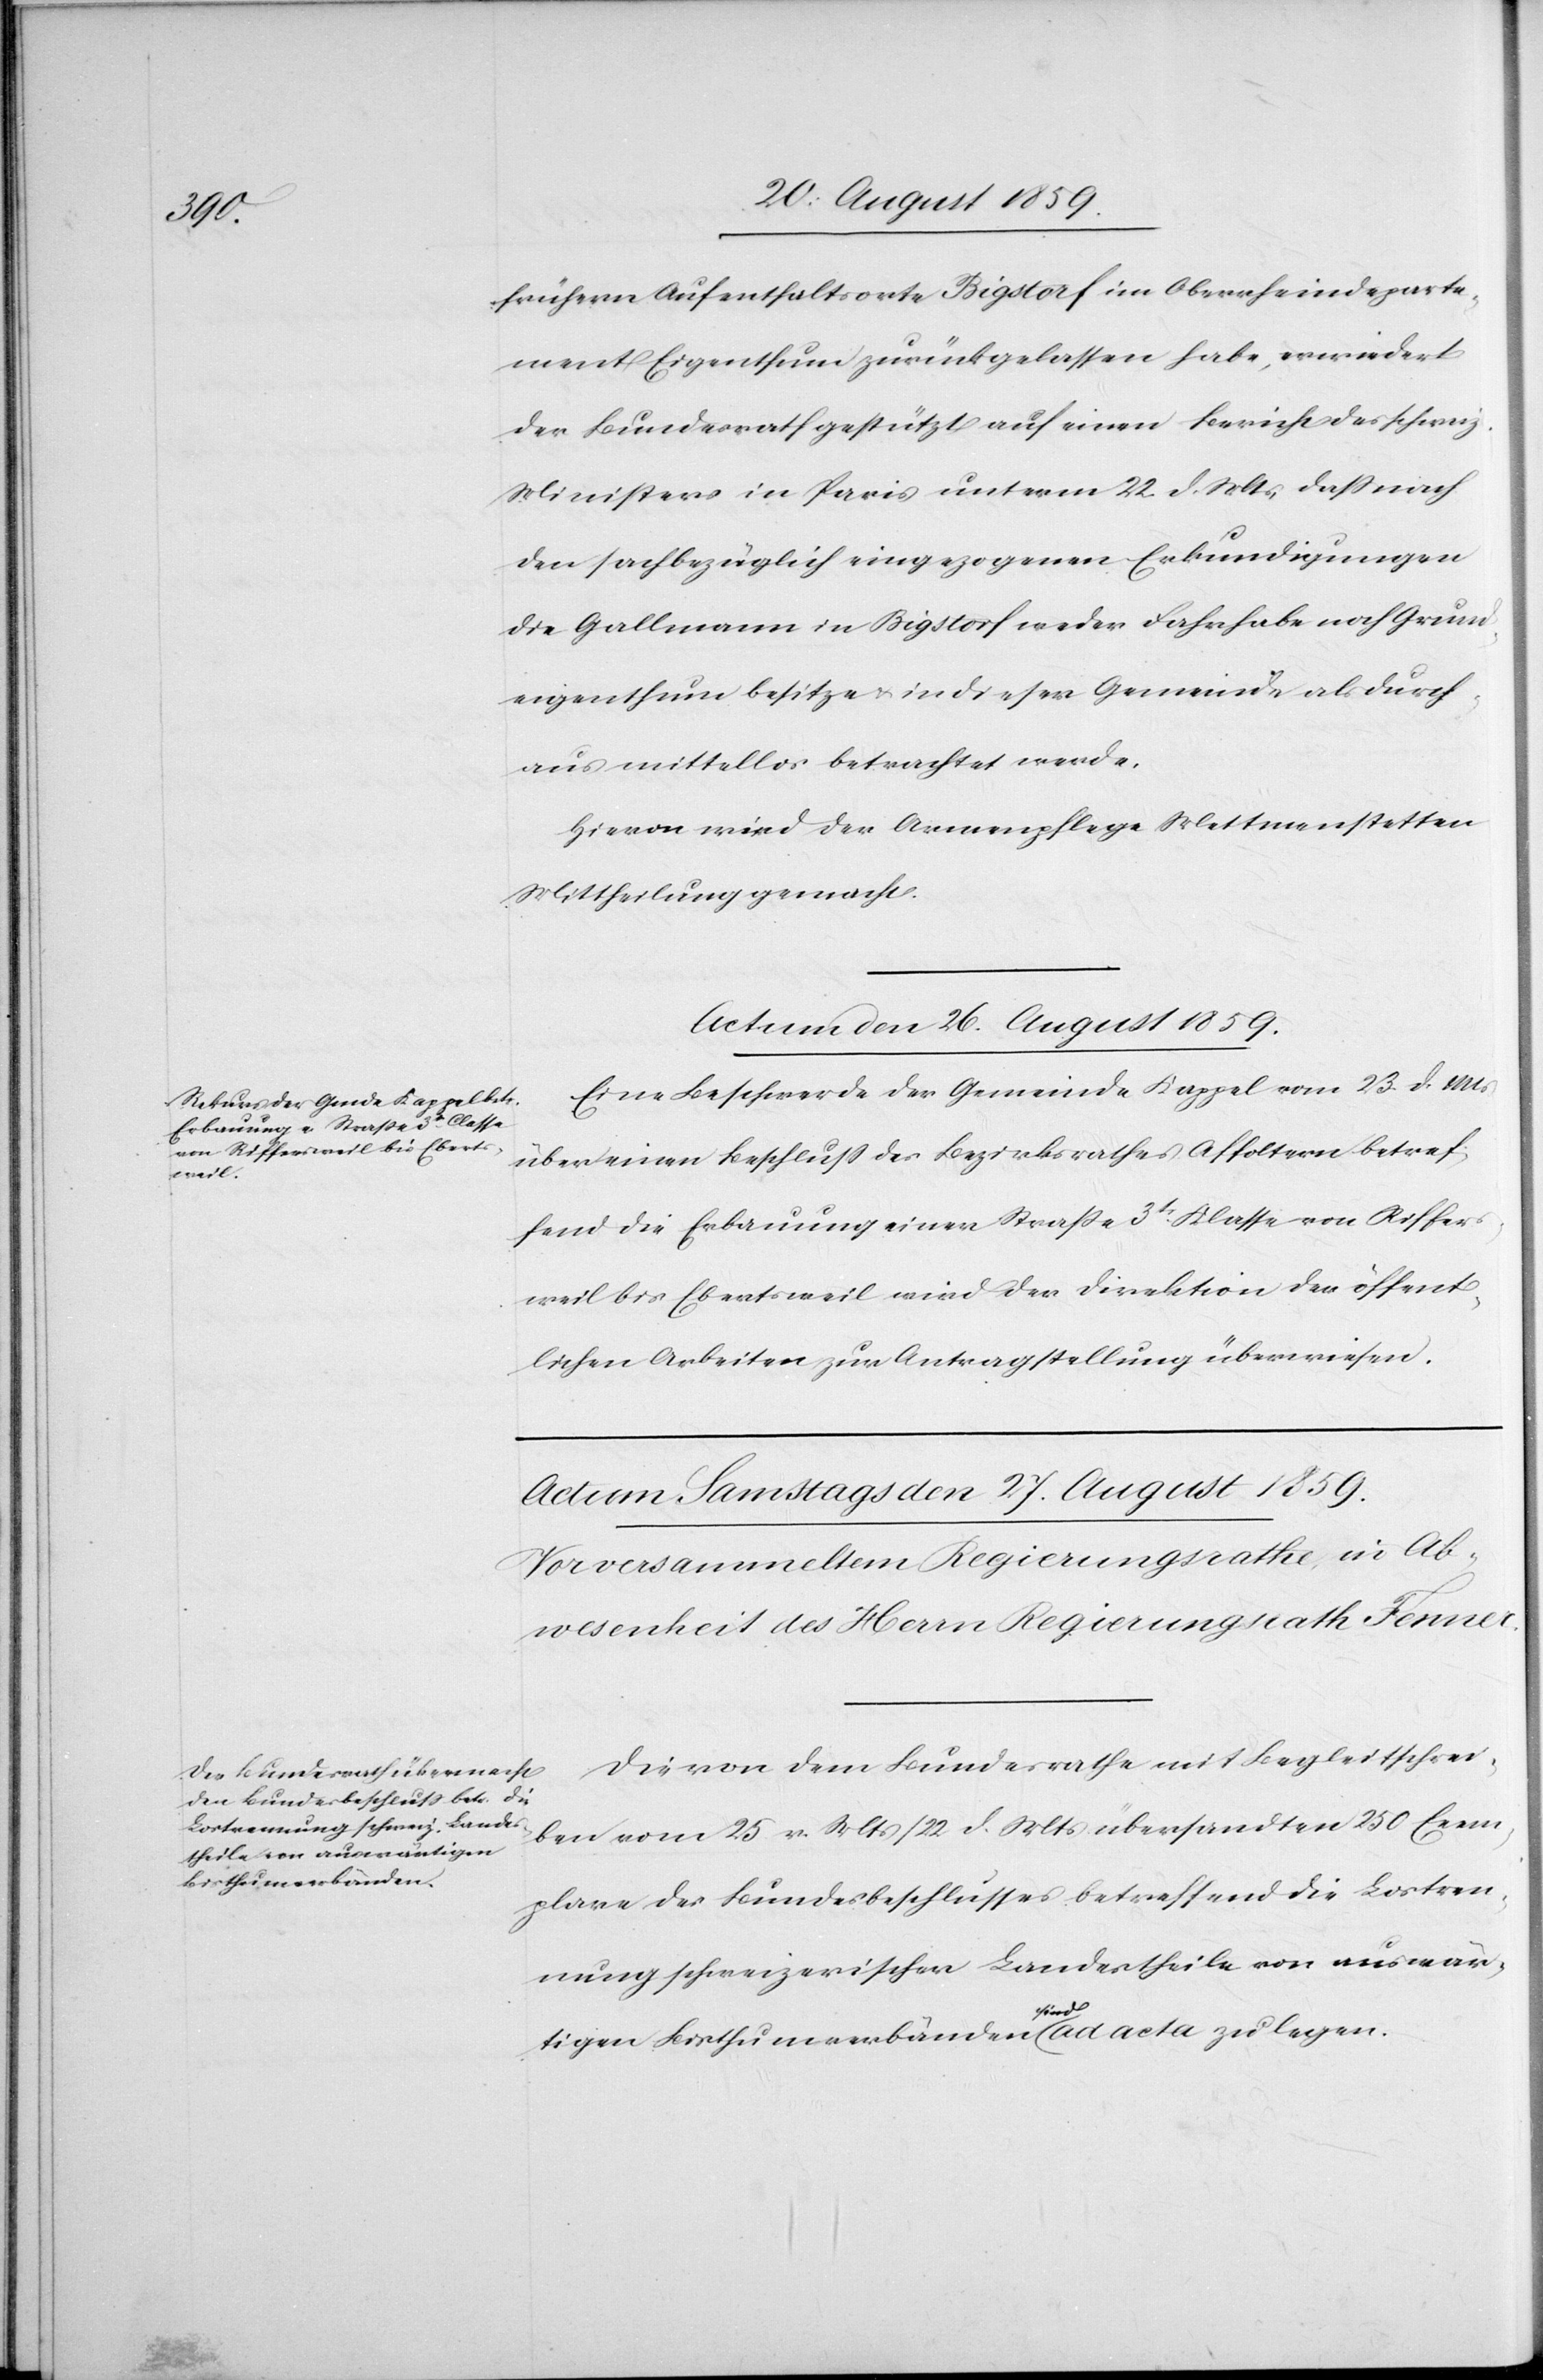
frühern Aufenthaltsorte Bigstorf im Oberrheindeparte¬
ment Eigenthum zurückgelassen habe, erwiedert
der Bundesrath gestützt auf einen Bericht des schweiz.
Ministers in Paris unterm 22. d. Mts. daß nach
den sachbezüglich eingezogenen Erkundigungen
die Gallmann in Bigstorf weder Fahrhabe noch Grund¬
eigenthum besitze & in dieser Gemeinde als durch¬
aus mittellos betrachtet werde.
Hievon wird der Armenpflege Mettmenstetten
Mittheilung gemacht.
Actum den 26. August 1859.
Eine Beschwerde der Gemeinde Kappel vom 23. d. Mts.
über einen Beschluß des Bezirksrathes Affoltern betref¬
fend die Erbauung einer Straße 3t. Klasse von Riffers¬
weil bis Ebertsweil wird der Direktion der öffent¬
lichen Arbeiten zur Antragstellung überwiesen.
Die von dem Bundesrathe mit Begleitschrei¬
ben vom 25 v. Mts./22. d. Mts. übersandten 250 Exem¬
plare des Bundesbeschlusses betreffend die Lostren¬
nung schweizerischer Landestheile von auswär¬
tigen Bisthumverbänden sind ad acta zu legen.